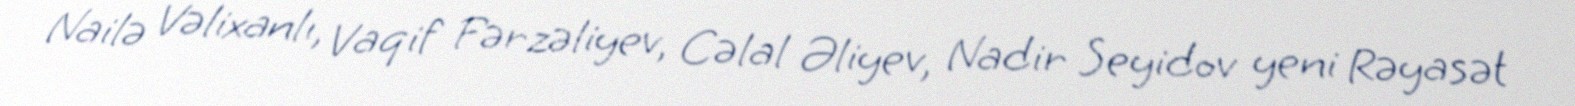
Nailə Vəlixanlı, Vaqif Fərzəliyev, Cəlal Əliyev, Nadir Seyidov yeni Rəyasət